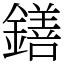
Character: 鐥